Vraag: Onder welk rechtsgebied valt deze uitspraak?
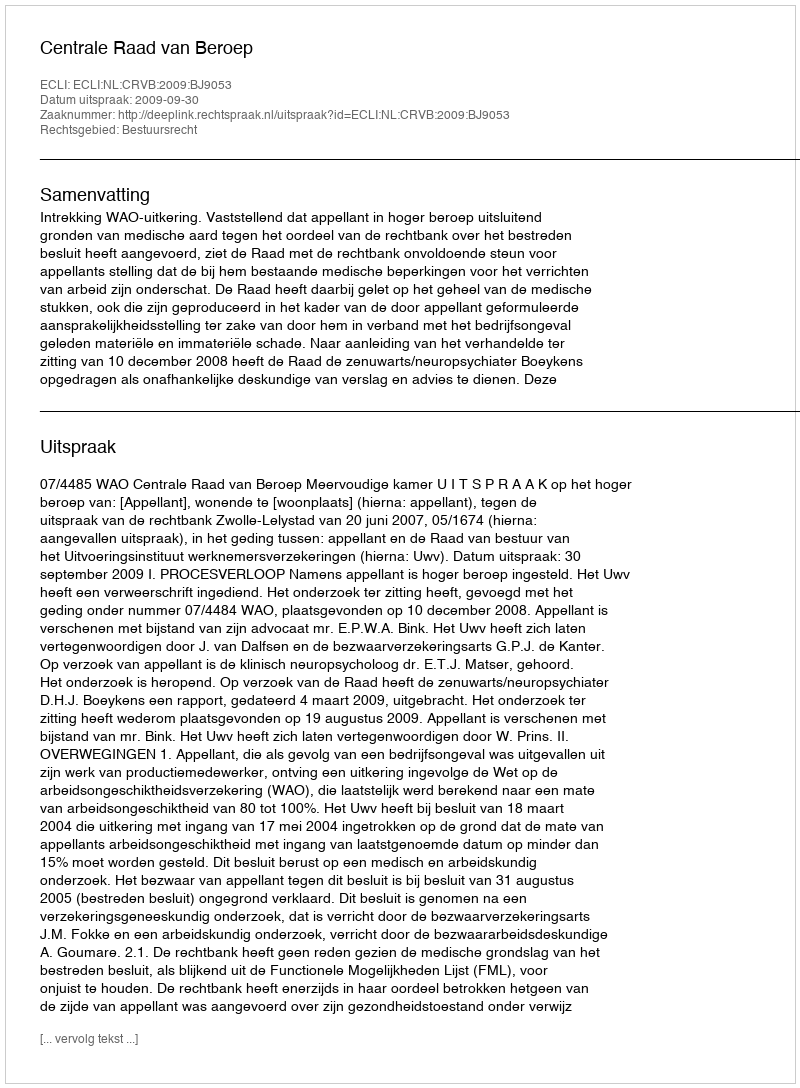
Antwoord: Bestuursrecht